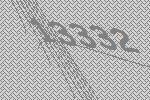
13332